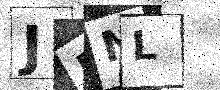
Text: JFNL